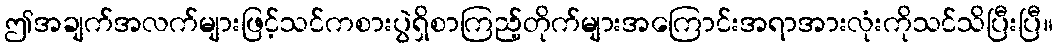
ဤအချက်အလက်များဖြင့်သင်ကစားပွဲရှိစာကြည့်တိုက်များအကြောင်းအရာအားလုံးကိုသင်သိပြီးပြီ။